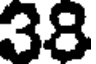
38